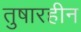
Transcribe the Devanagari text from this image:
तुषारहीन